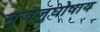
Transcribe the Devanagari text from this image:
मुजजुघोषाय